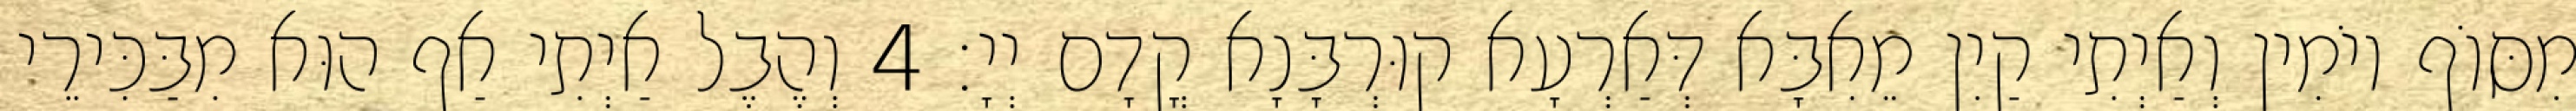
מִסּוֹף יוֹמִין וְאַיְתִי קַיִן מֵאִבָּא דְּאַרְעָא קוּרְבָּנָא קֳדָם יְיָ׃ 4 וְהֶבֶל אַיְתִי אַף הוּא מִבַּכִּירֵי